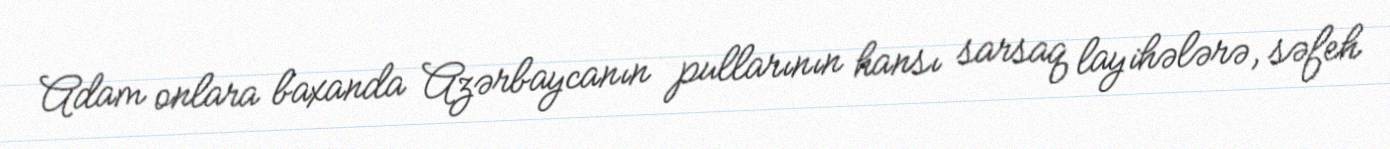
Adam onlara baxanda Azərbaycanın pullarının hansı sarsaq layihələrə, səfeh